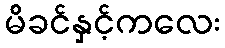
မိခင်နှင့်ကလေး